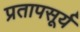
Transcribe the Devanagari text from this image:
प्रतापसूर्य